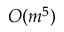
O ( m ^ { 5 } )